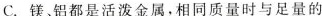
B.铝、铁、铜都是银白色固体，都能够导电